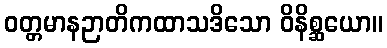
ဝတ္တမာနဉာတိကထာသဒိသော ဝိနိစ္ဆယော။